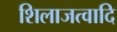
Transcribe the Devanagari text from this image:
शिलाजत्वादि